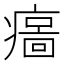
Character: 𤹦